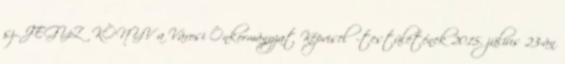
sz. JEGYZŐKÖNYV a Városi Önkormányzat Képviselő-testületének 2015. július 23-án